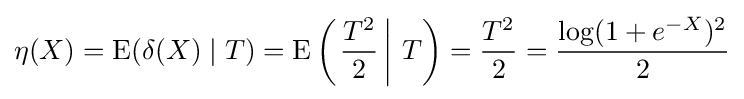
\eta (X)=\operatorname {E} (\delta (X)\mid T)=\operatorname {E} \left(\left.{\frac {T^{2}}{2}}\,\right|\,T\right)={\frac {T^{2}}{2}}={\frac {\log(1+e^{-X})^{2}}{2}}